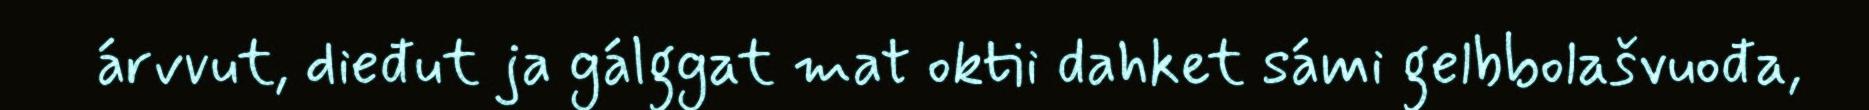
árvvut, dieđut ja gálggat mat oktii dahket sámi gelbbolašvuođa,